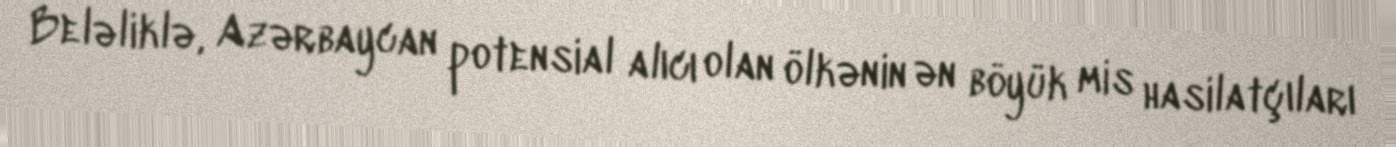
Beləliklə, Azərbaycan potensial alıcı olan ölkənin ən böyük mis hasilatçıları